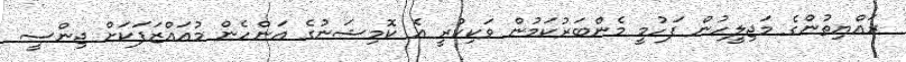
ރައްޔިތުންގެ މަޖިލީހުން ފަހުމީ މެންބަރުކަމުން ވަކިކުރީ އެ ކޮމިޝަނުގެ އަންހެން މުއައްޒަފަކަށް ޖިންސީ